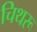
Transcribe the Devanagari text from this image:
चिथरू